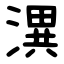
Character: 潩